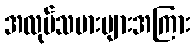
အလုပ်သမားများအကြား